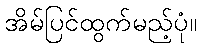
အိမ်ပြင်ထွက်မည့်ပုံ။